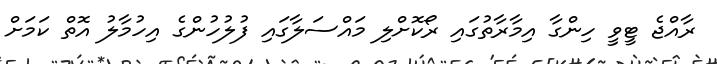
ރާއްޖެ ޓީވީ ހިންގާ އިމާރާތުގައި ރޯކޮށްލި މައްސަލާގައި ފުލުހުންގެ އިހުމާލު އޮތް ކަމަށް